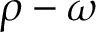
\rho - \omega